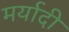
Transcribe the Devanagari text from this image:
मर्यादी